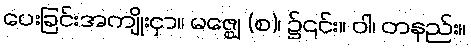
ပေးခြင်းအကျိုးငှာ။ မဇ္ဈေ (စ)၊ ၌၎င်း။ ဝါ၊ တနည်း။